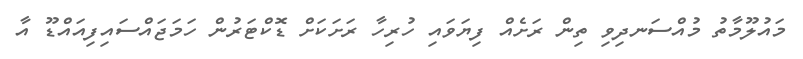
މައުލޫމާތު މުއްސަނދިވި ތިން ރަށެއް ފިޔަވައި ހުރިހާ ރަށަކަށް ޑޮކްޓަރުން ހަމަޖައްސައިފިއައްޑޫ އާ